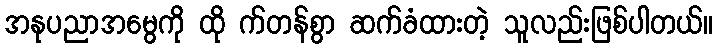
အနုပညာအမွေကို ထို က်တန်စွာ ဆက်ခံထားတဲ့ သူလည်းဖြစ်ပါတယ်။